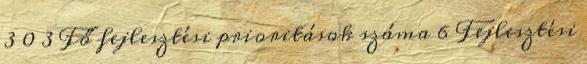
3 0 3 Fő fejlesztési prioritások száma 6 Fejlesztési